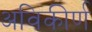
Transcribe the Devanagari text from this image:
अविकीर्ण